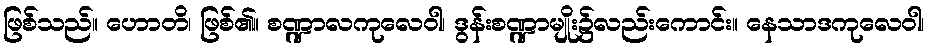
ဖြစ်သည်။ ဟောတိ၊ ဖြစ်၏။ စဏ္ဍာလကုလေဝါ၊ ဒွန်းစဏ္ဍာမျိုး၌လည်းကောင်း။ နေသာဒကုလေဝါ၊